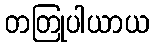
တတြုပါယာယ